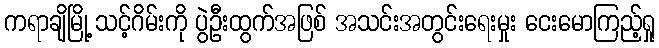
ကရာချိမြို့ သင့်ဂိမ်းကို ပွဲဦးထွက်အဖြစ် အသင်းအတွင်းရေးမှုး ငေးမောကြည့်ရှု